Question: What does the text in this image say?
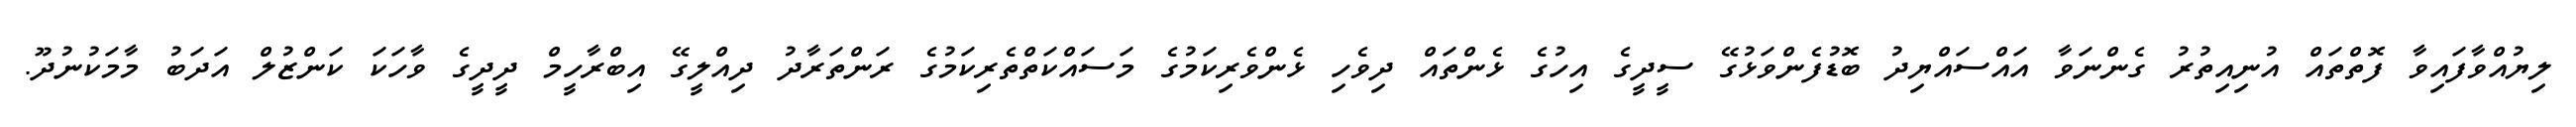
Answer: ލިޔުއްވާފައިވާ ފޮތްތައް އުނިއިތުރު ގެންނަވާ އައްސައްޔިދު ބޮޑުފެންވަޅުގޭ ސީދީގެ އިހުގެ ޅެންތައް ދިވެހި ޅެންވެރިކަމުގެ މަސައްކަތްތެރިކަމުގެ ރަންތަރާދު ދިއްލީގޭ އިބްރާހީމް ދީދީގެ ވާހަކަ ކަންޒުލް އަދަބު މާމަކުނުދޫ.